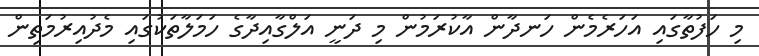
މި ހަފުތާގައި އަހަރެމެން ހަނދާން އާކުރަމުން މި ދަނީ އަލްގާއިދާގެ ހަމަލާތަކުގައި މެދުއިރުމަތިން